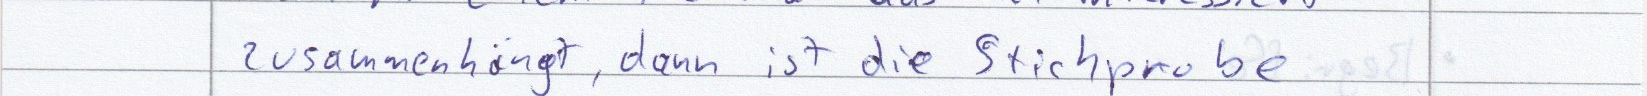
zusammenhängt, dann ist die Stichprobe